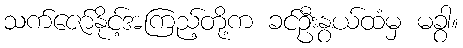
သက်ဇော်နိုင့်အကြည့်တို့က ခင်ဦးနွယ်ထံမှ မခွာ။